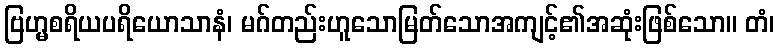
ဗြဟ္မစရိယပရိယောသာနံ၊ မဂ်တည်းဟူသောမြတ်သောအကျင့်၏အဆုံးဖြစ်သော။ တံ၊